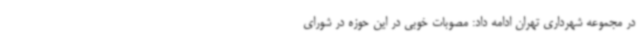
در مجموعه شهرداری تهران ادامه داد: مصوبات خوبی در این حوزه در شورای